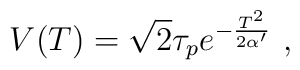
V(T) = \sqrt{2}\tau_pe^{-{ T^2\over 2\alpha'}}\ ,